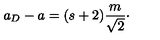
a _ { D } - a = ( s + 2 ) { \frac { m } { \sqrt { 2 } } } \cdotp